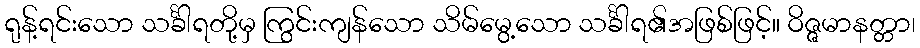
ရုန့်ရင်းသော သင်္ခါရတို့မှ ကြွင်းကျန်သော သိမ်မွေ့သော သင်္ခါရ၏အဖြစ်ဖြင့်။ ဝိဇ္ဇမာနတ္တာ၊